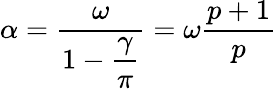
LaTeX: \alpha=\displaystyle\frac{\omega}{1-\displaystyle\frac{\gamma}{\pi}}=\omega\displaystyle\frac{p+1}{p}